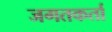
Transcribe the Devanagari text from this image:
जगतकर्ता